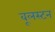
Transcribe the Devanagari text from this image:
वूलस्टन